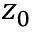
z _ { 0 }